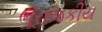
ભૂરાજકીય